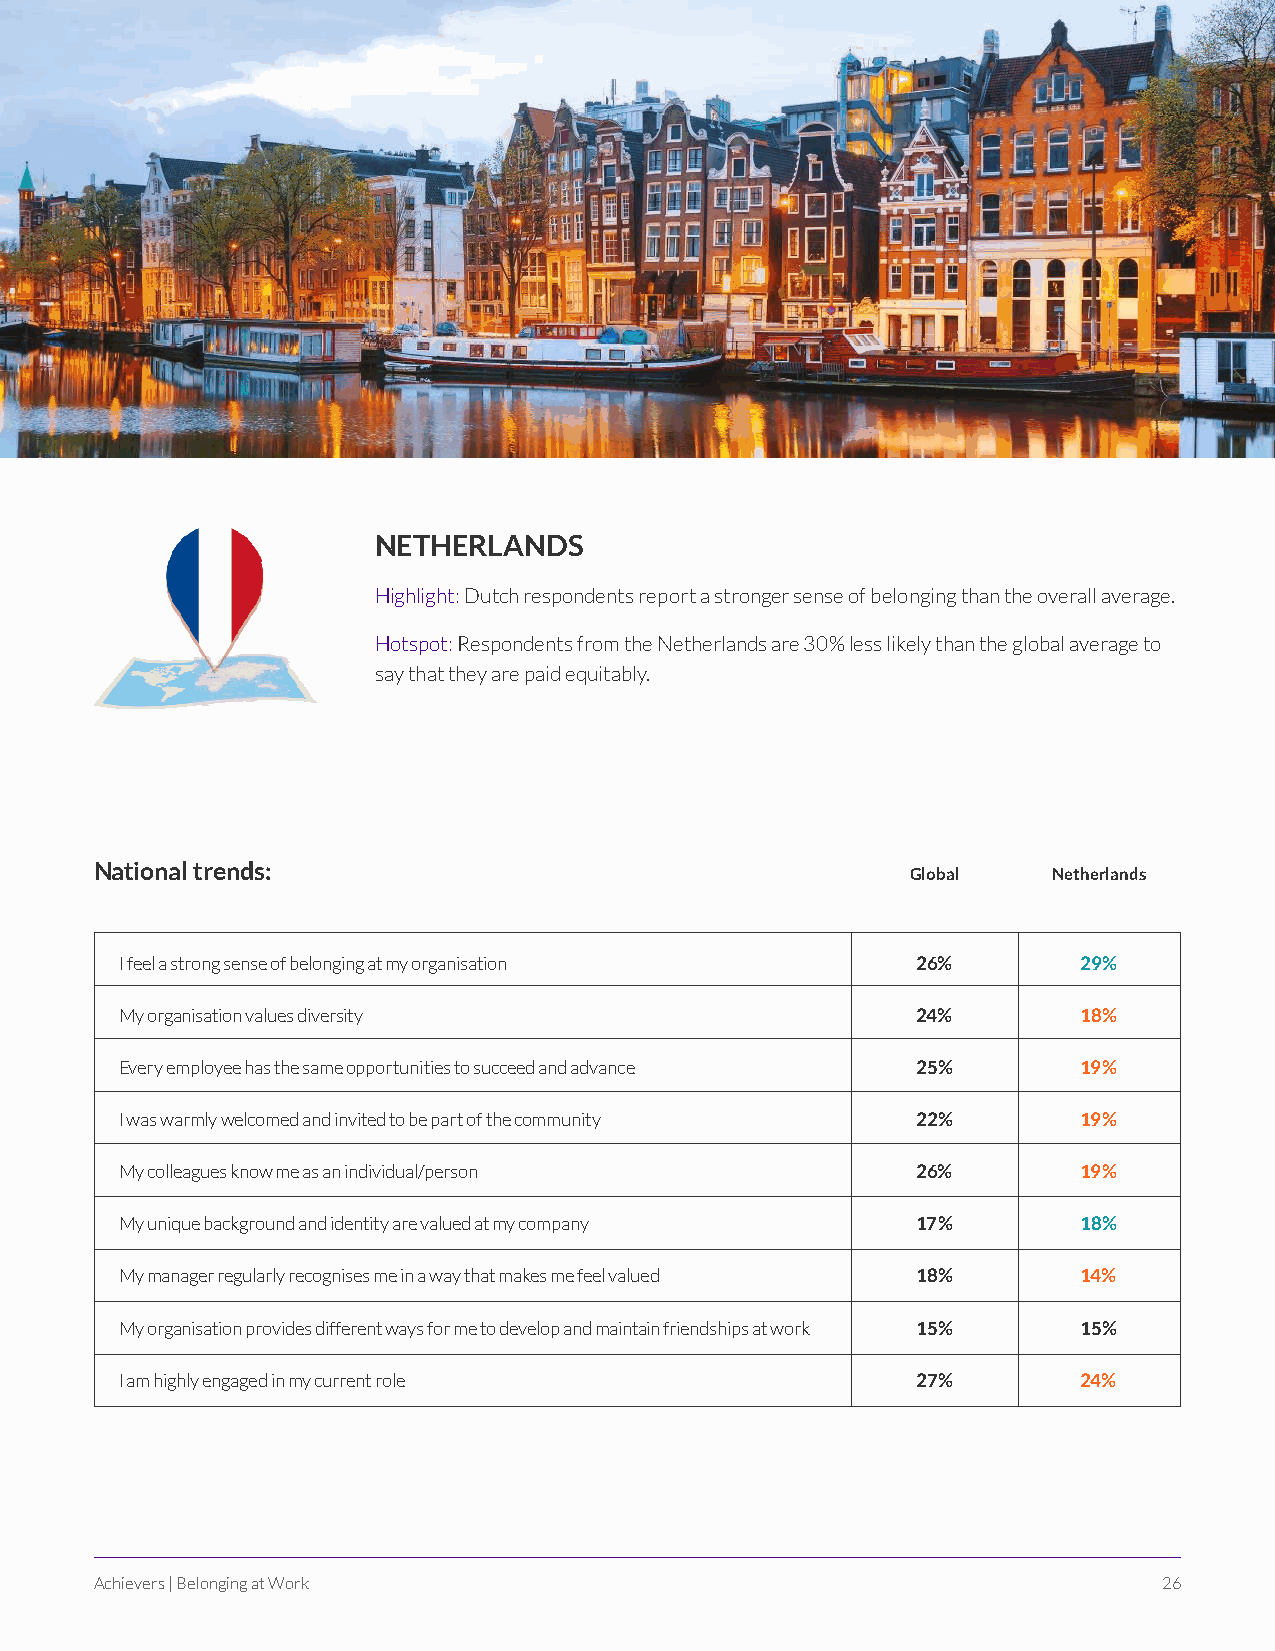
NETHERLANDS
 Highlight: Dutch respondents report a stronger sense of belonging than the overall average.
 Hotspot: Respondents from the Netherlands are 30% less likely than the global average to
 say that they are paid equitably.
 National trends:
 Global    Netherlands
 I feel a strong sense of belonging at my organisation 26%       29%
 My organisation values diversity                     24%        18%
 Every employee has the same opportunities to succeed and advance 25% 19%
 I was warmly welcomed and invited to be part of the community 22% 19%
 My colleagues know me as an individual/person        26%        19%
 My unique background and identity are valued at my company 17%  18%
 My manager regularly recognises me in a way that makes me feel valued 18% 14%
 My organisation provides different ways for me to develop and maintain friendships at work 15% 15%
 I am highly engaged in my current role               27%        24%
 Achievers | Belonging at Work                                          26